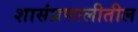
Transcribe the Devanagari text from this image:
शासंप्रणालीतील